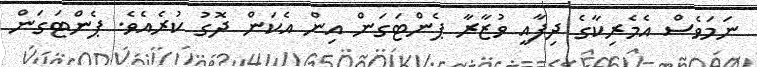
ނަމަވެސް އެމެރިކާގެ ދިފާއީ ވުޒާރާ ޕެންޓަގަން އިން އެކަން ދޮގު ކުރެއެވެ. ޕެންޓަގަން